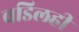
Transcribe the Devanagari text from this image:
वडिलही